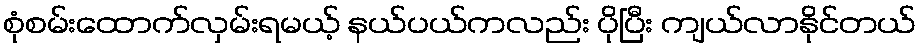
စုံစမ်းထောက်လှမ်းရမယ့် နယ်ပယ်ကလည်း ပိုပြီး ကျယ်လာနိုင်တယ်